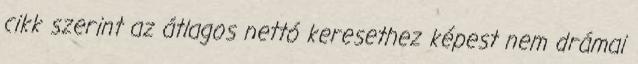
cikk szerint az átlagos nettó keresethez képest nem drámai